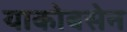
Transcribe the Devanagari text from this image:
याकोबसेन